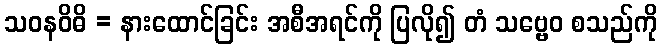
သဝနဝိဓိ = နားထောင်ခြင်း အစီအရင်ကို ပြလို၍ တံ သဗ္ဗေဝ စသည်ကို